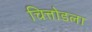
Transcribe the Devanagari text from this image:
चित्तोडला